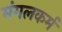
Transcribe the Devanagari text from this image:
मंगलकर्म